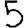
Digit: 5